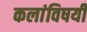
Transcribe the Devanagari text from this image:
कलांविषयी